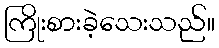
ကြိုးစားခဲ့သေးသည်။